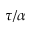
\tau / \alpha